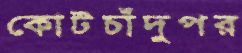
কোটচাঁদুপর